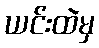
ယင်းထဲမှ